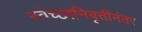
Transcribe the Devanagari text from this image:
स्वेच्छानिवृत्तीनंतर